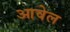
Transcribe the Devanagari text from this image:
आवेल